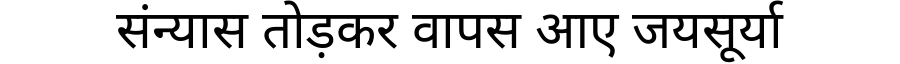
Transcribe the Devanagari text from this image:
संन्यास तोड़कर वापस आए जयसूर्या